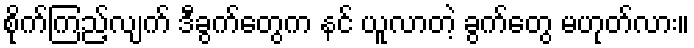
စိုက်ကြည့်လျက် ဒီခွက်တွေက နင် ယူလာတဲ့ ခွက်တွေ မဟုတ်လား။